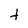
Character: t